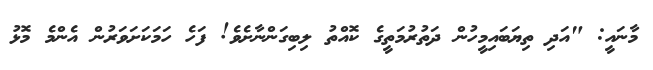
މާނައީ: "އަދި ތިޔަބައިމީހުން ދަތުރުމަތީގެ ކޮއްތު ލިބިގަންނާށެވެ! ފަހެ ހަމަކަށަވަރުން އެންމެ މޮޅު